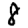
Digit: 8